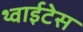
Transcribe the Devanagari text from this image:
थ्वाईटेस